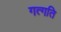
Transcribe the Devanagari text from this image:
गत्गति